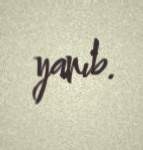
yanıb.